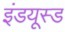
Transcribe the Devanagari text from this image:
इंडयूस्ड